Report of the Municipal Commissioner on the plague in Bombay for the year ending 31st May... - Volume 1
Disease focus: Plague
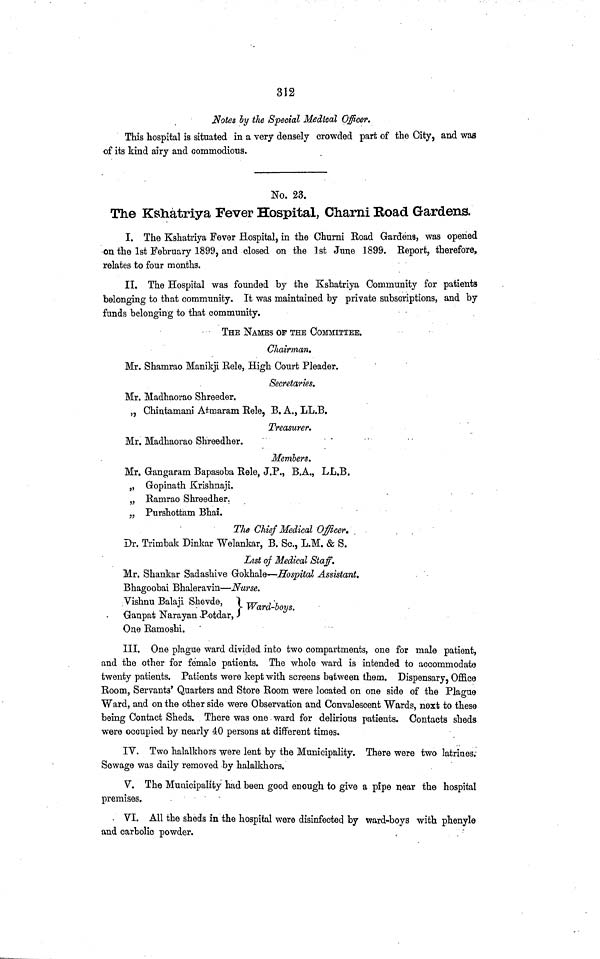
312
Notes by the Special Medteal Officer.
This hospital is situated in a very densely crowded part of the City, and was
of its kind airy and commodious.
No. 23.
The Kshatriya Fever Hospital, Charni Road Gardens.
I. The Kshatriya Fever Hospital, in the Churni Road Gardens, was opened
on the 1st February 1899, and closed on the 1st June 1899. Report, therefore,
relates to four months.
II. The Hospital was founded by the Kshatriya Community for patients
belonging to that community. It was maintained by private subscriptions, and by
funds belonging to that community.
THE NAMES OP THE COMMITTEE.
Chairman.
Mr. Shamrao Manikji Relé, High Court Pleader.
Secretaries.
Mr. Madhaorao Shreeder.
,, Ghintamani Atmaram Relé, B. A., LL.B.
Treasurer.
Mr. Madhaorao Shreedher.
Members.
Mr. Gangaram Bapasoba Rele, J.P., B.A., LL.B.
„ Gopinath Krishnaji.
„ Ramrao Shreedher.
„ Purshottam Bhai.
The Chief Medical Officer.
Dr. Trimbak Dinkar Welankar, B. Sc., L.M. & S.
List of Medical Staff.
Mr. Shankar Sadashive Gokhale—Hospital Assistant.
Bhagoobai Bhaleravin—Nurse.
Vishnu Balaji Shevde,
Ward-boys.
Ganpat Narayan Potdar,
One Ramoshi.
III. One plague ward divided into two compartments, one for male patient,
and the other for female patients. The whole ward is intended to accommodate
twenty patients. Patients were kept with screens between them. Dispensary, Office
Room, Servants' Quarters and Store Room were located on one side of the Plague
Ward, and on the other side were Observation and Convalescent Wards, next to these
being Contact Sheds. There was one ward for delirious patients. Contacts sheds
were occupied by nearly 40 persons at different times.
IV. Two halalkhors were lent by the Municipality. There were two latrines.
Sewage was daily removed .by halalkhors.
V. The Municipality had been good enough to give a pipe near the hospital
premises.
VI. All the sheds in the hospital were disinfected by ward-boys with phenyle
and carbolic powder.